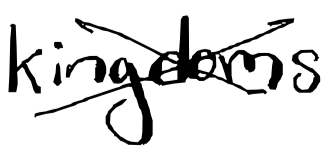
Text: kingdoms
Cross-out: cross
Writing tool: digital_black